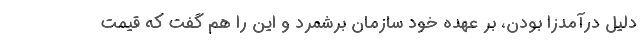
دلیل درآمدزا بودن، بر عهده خود سازمان برشمرد و این را هم گفت که قیمت‌